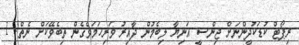
ރިޕޯޓް ކުޑަކުދީންނަށް ޖިންސީ އަނިޔާ ލިބެމުން ދާއިރު ވަރިހަމަވެގެން ތިބެވޭކަށް ނެތް! 1